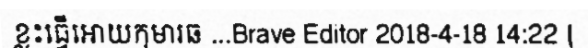
ខ្លះធ្វើអោយកុមារឆ ...Brave Editor 2018-4-18 14:22 |